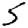
Digit: 5